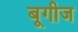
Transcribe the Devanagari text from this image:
बूगीज